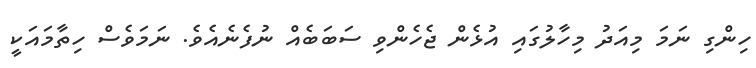
ހިންގި ނަމަ މިއަދު މިހާލުގައި އުޅެން ޖެހެންވި ސަބަބެއް ނުފެނެއެވެ. ނަމަވެސް ހިތާމައަކީ